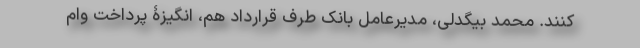
کنند. محمد بیگدلی، مدیرعامل بانک طرف قرارداد هم، انگیزۀ پرداخت وام